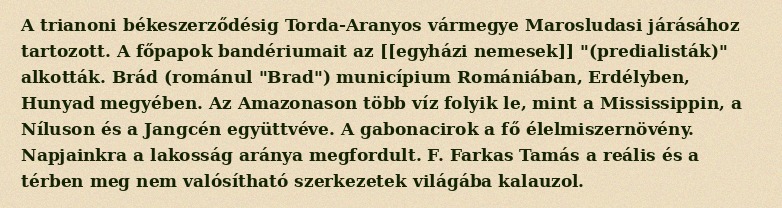
A trianoni békeszerződésig Torda-Aranyos vármegye Marosludasi járásához tartozott. A főpapok bandériumait az [[egyházi nemesek]] "(predialisták)" alkották. Brád (románul "Brad") municípium Romániában, Erdélyben, Hunyad megyében. Az Amazonason több víz folyik le, mint a Mississippin, a Níluson és a Jangcén együttvéve. A gabonacirok a fő élelmiszernövény. Napjainkra a lakosság aránya megfordult. F. Farkas Tamás a reális és a térben meg nem valósítható szerkezetek világába kalauzol.